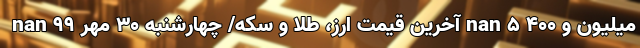
nan آخرین قیمت ارز، طلا و سکه/ چهارشنبه 30 مهر 99 nan ۵ میلیون و ۴۰۰